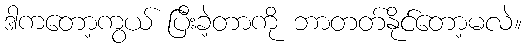
ဒါကတော့ကွယ် ပြီးခဲ့တာကို ဘာတတ်နိုင်တော့မလဲ။